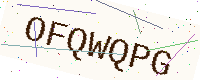
Text: OFQWQPG